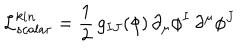
LaTeX: \mathcal { L } _ { s c a l a r } ^ { k i n } = \frac { 1 } { 2 } \, g _ { I J } ( \phi ) \, \partial _ { \mu } \phi ^ { I } \, \partial ^ { \mu } \phi ^ { J }